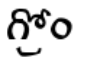
గ్రోం